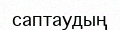
саптаудың